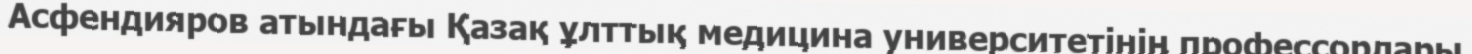
Асфендияров атындағы Қазақ ұлттық медицина университетінің профессорлары